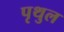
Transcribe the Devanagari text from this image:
पृथुल